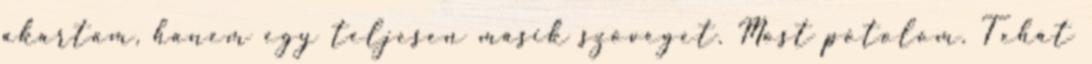
akartam, hanem egy teljesen másik szöveget. Most pótolom. Tehát